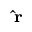
\scriptstyle \mathbf { \hat { r } }